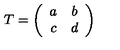
T = \left( \begin{array} { c c } { a } & { b } \\ { c } & { d } \\ \end{array} \right)